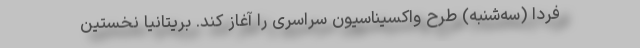
فردا (سه‌شنبه) طرح واکسیناسیون سراسری را آغاز کند. بریتانیا نخستین